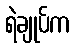
ရဲချုပ်က